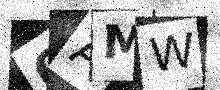
Text: 0AMW